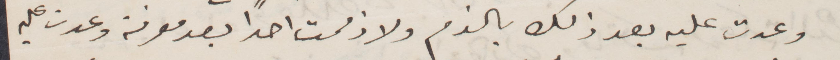
وعدت عليه بعد ذلك بالذم ولا ذممت أحدًا بعد معرفة وعدت عليه